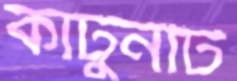
কার্টুনটি